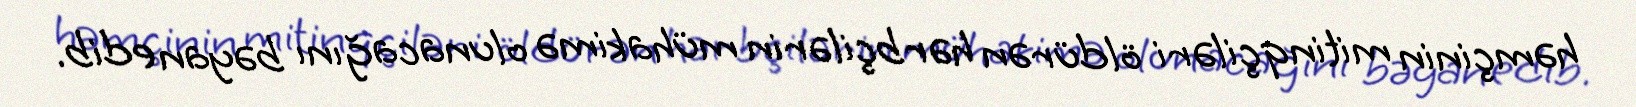
həmçinin mitinqçiləri öldürən hərbçilərin mühakimə olunacağını bəyan edib.